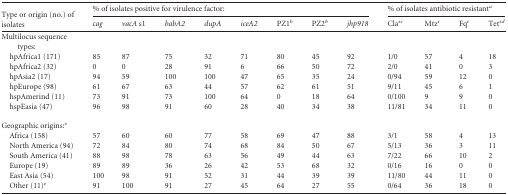
<table><thead><tr><td rowspan="2"><b>Type or origin (no.) of isolates</b></td><td colspan="8"><b>% of isolates positive for virulence factor:</b></td><td colspan="4"><b>% of isolates antibiotic resistant<sup><i>a</i></sup></b></td></tr><tr><td><b><i>cag</i></b></td><td><b><i>vacA</i> s1</b></td><td><b><i>babA2</i></b></td><td><b><i>dupA</i></b></td><td><b><i>iceA2</i></b></td><td><b>PZ1<sup><i>b</i></sup></b></td><td><b>PZ2<sup><i>b</i></sup></b></td><td><b><i>jhp918</i></b></td><td><b>Cla<sup>r</sup><sup><i>c</i></sup></b></td><td><b>Mtz<sup>r</sup></b></td><td><b>Fq<sup>r</sup></b></td><td><b>Tet<sup>r</sup><sup><i>d</i></sup></b></td></tr></thead><tbody><tr><td>Multilocus sequence types:</td><td></td><td></td><td></td><td></td><td></td><td></td><td></td><td></td><td></td><td></td><td></td><td></td></tr><tr><td>hpAfrica1 (171)</td><td>85</td><td>87</td><td>75</td><td>32</td><td>71</td><td>80</td><td>45</td><td>92</td><td>1/0</td><td>57</td><td>4</td><td>18</td></tr><tr><td>hpAfrica2 (32)</td><td>0</td><td>0</td><td>28</td><td>91</td><td>6</td><td>66</td><td>50</td><td>72</td><td>2/0</td><td>41</td><td>0</td><td>3</td></tr><tr><td>hpAsia2 (17)</td><td>94</td><td>59</td><td>100</td><td>100</td><td>47</td><td>65</td><td>35</td><td>24</td><td>0/94</td><td>59</td><td>12</td><td>0</td></tr><tr><td>hpEurope (98)</td><td>61</td><td>67</td><td>63</td><td>44</td><td>57</td><td>62</td><td>61</td><td>51</td><td>9/11</td><td>45</td><td>6</td><td>1</td></tr><tr><td>hspAmerind (11)</td><td>73</td><td>91</td><td>73</td><td>100</td><td>64</td><td>0</td><td>18</td><td>64</td><td>0/100</td><td>9</td><td>9</td><td>0</td></tr><tr><td>hspEasia (47)</td><td>96</td><td>98</td><td>91</td><td>60</td><td>28</td><td>40</td><td>34</td><td>38</td><td>11/81</td><td>34</td><td>11</td><td>0</td></tr><tr><td>Geographic origins:<sup><i>e</i></sup></td><td></td><td></td><td></td><td></td><td></td><td></td><td></td><td></td><td></td><td></td><td></td><td></td></tr><tr><td>Africa (158)</td><td>57</td><td>60</td><td>60</td><td>77</td><td>58</td><td>69</td><td>47</td><td>88</td><td>3/1</td><td>58</td><td>4</td><td>13</td></tr><tr><td>North America (94)</td><td>72</td><td>84</td><td>80</td><td>74</td><td>68</td><td>84</td><td>50</td><td>67</td><td>5/13</td><td>36</td><td>3</td><td>11</td></tr><tr><td>South America (41)</td><td>88</td><td>98</td><td>78</td><td>63</td><td>56</td><td>49</td><td>44</td><td>63</td><td>7/22</td><td>66</td><td>10</td><td>2</td></tr><tr><td>Europe (19)</td><td>89</td><td>89</td><td>36</td><td>26</td><td>42</td><td>53</td><td>68</td><td>32</td><td>0/16</td><td>16</td><td>0</td><td>0</td></tr><tr><td>East Asia (54)</td><td>100</td><td>98</td><td>91</td><td>52</td><td>31</td><td>44</td><td>39</td><td>39</td><td>11/80</td><td>44</td><td>11</td><td>0</td></tr><tr><td>Other (11)<sup><i>e</i></sup></td><td>91</td><td>100</td><td>91</td><td>27</td><td>45</td><td>64</td><td>27</td><td>55</td><td>0/64</td><td>36</td><td>18</td><td>0</td></tr></tbody></table>